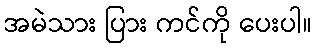
အမဲသား ပြား ကင်ကို ပေးပါ။